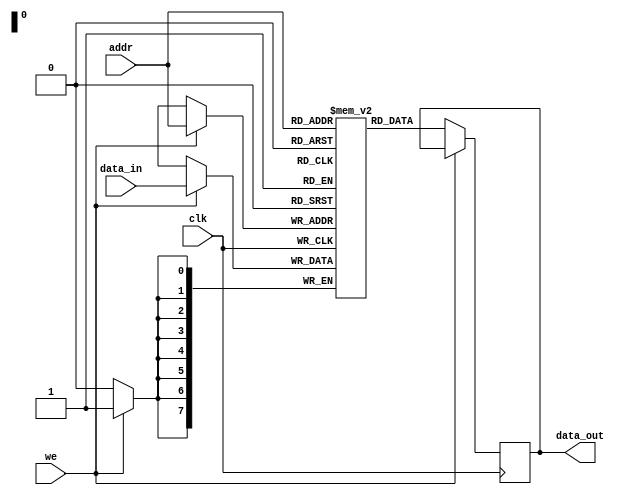
module parameterized_ram #(
    parameter DATA_WIDTH = 8,  // Width of each data word
    parameter ADDR_WIDTH = 8    // Number of address lines
)(
    input wire clk,                     // Clock signal
    input wire we,                      // Write enable signal
    input wire [ADDR_WIDTH-1:0] addr,  // Address input
    input wire [DATA_WIDTH-1:0] data_in,// Input data bus
    output reg [DATA_WIDTH-1:0] data_out// Output data bus
);

    // Memory array declaration
    reg [DATA_WIDTH-1:0] memory [(2**ADDR_WIDTH)-1:0];

    // Read/Write operation
    always @(posedge clk) begin
        if (we) begin
            // Write operation
            memory[addr] <= data_in;
        end else begin
            // Read operation
            data_out <= memory[addr];
        end
    end

    // Optional: Asynchronous reset functionality
    // Uncomment the following lines if a reset signal is needed
    /*
    input wire reset; // Asynchronous reset signal

    always @(posedge clk or posedge reset) begin
        if (reset) begin
            // Initialize memory to zero or predefined value
            integer i;
            for (i = 0; i < (2**ADDR_WIDTH); i = i + 1) begin
                memory[i] <= 0; // Or initialize to a specific value
            end
        end else begin
            if (we) begin
                // Write operation
                memory[addr] <= data_in;
            end else begin
                // Read operation
                data_out <= memory[addr];
            end
        end
    end
    */

endmodule